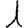
Digit: 1